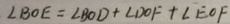
\angle B O E = \angle B O D + \angle D O F + \angle E O F